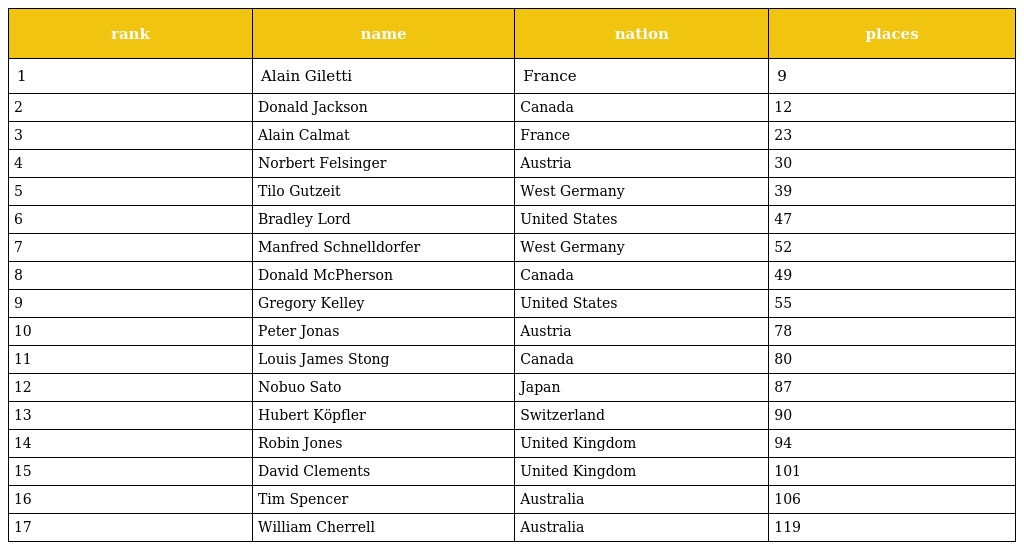
| rank | name | nation | places |
 | --- | --- | --- | --- |
 | 1 | Alain Giletti | France | 9 |
 | 2 | Donald Jackson | Canada | 12 |
 | 3 | Alain Calmat | France | 23 |
 | 4 | Norbert Felsinger | Austria | 30 |
 | 5 | Tilo Gutzeit | West Germany | 39 |
 | 6 | Bradley Lord | United States | 47 |
 | 7 | Manfred Schnelldorfer | West Germany | 52 |
 | 8 | Donald McPherson | Canada | 49 |
 | 9 | Gregory Kelley | United States | 55 |
 | 10 | Peter Jonas | Austria | 78 |
 | 11 | Louis James Stong | Canada | 80 |
 | 12 | Nobuo Sato | Japan | 87 |
 | 13 | Hubert Köpfler | Switzerland | 90 |
 | 14 | Robin Jones | United Kingdom | 94 |
 | 15 | David Clements | United Kingdom | 101 |
 | 16 | Tim Spencer | Australia | 106 |
 | 17 | William Cherrell | Australia | 119 |